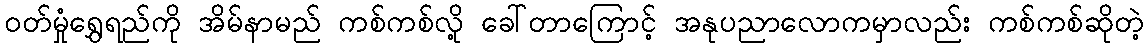
ဝတ်မှုံရွှေရည်ကို အိမ်နာမည် ကစ်ကစ်လို့ ခေါ်တာကြောင့် အနုပညာလောကမှာလည်း ကစ်ကစ်ဆိုတဲ့